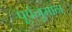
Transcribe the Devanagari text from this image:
पूर्वनुमान